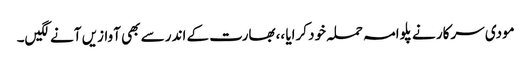
مودی سرکار نے پلوامہ حملہ خود کرایا ،،بھارت کے اندر سے بھی آوازیں آنے لگیں۔